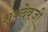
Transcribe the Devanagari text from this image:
शुकदेवजी